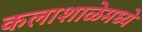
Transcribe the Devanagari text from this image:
कलाशाळेमध्ये